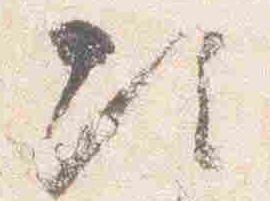
次